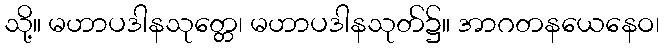
သို့။ မဟာပဒါနသုတ္တေ၊ မဟာပဒါနသုတ်၌။ အာဂတနယေနေဝ၊